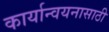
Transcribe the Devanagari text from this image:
कार्यान्वयनासाठी